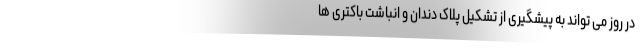
در روز می تواند به پیشگیری از تشکیل پلاک دندان و انباشت باکتری ها